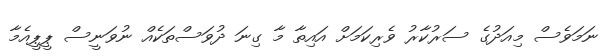
ނަމަވެސް މިއަދުގެ ސަރުކާރު ވެރިކަމަށް އައިތާ މާ ގިނަ ދުވަސްތަކެއް ނުވަނީސް ޕީޕީއެމާ